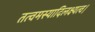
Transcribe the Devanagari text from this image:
तत्वमस्यादिलक्ष्यत्व।